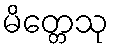
မိတ္တေသု